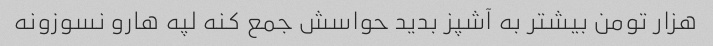
هزار تومن بیشتر به آشپز بدید حواسش جمع کنه لپه هارو نسوزونه